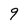
Character: 9